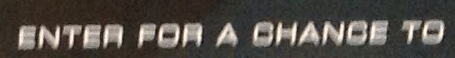
ENTER FOR A CHANGE TO